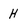
Character: H